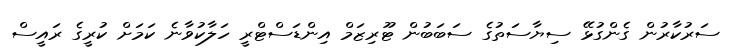
ސަރުކާރުން ގެންގުޅޭ ސިޔާސަތުގެ ސަބަބުން ޓޫރިޒަމް އިންޑަސްޓްރީ ހަލާކުވާނެ ކަމަށް ކުރީގެ ރައީސް